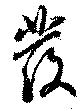
発